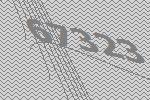
67323